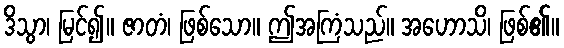
ဒိသွာ၊ မြင်၍။ ဇာတံ၊ ဖြစ်သော။ ဤအကြံသည်။ အဟောသိ၊ ဖြစ်၏။